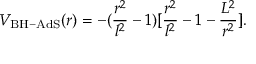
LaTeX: V _ { \mathrm { B H - A d S } } ( r ) = - ( \frac { r ^ { 2 } } { l ^ { 2 } } - 1 ) [ \frac { r ^ { 2 } } { l ^ { 2 } } - 1 - \frac { L ^ { 2 } } { r ^ { 2 } } ] .